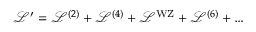
\mathcal { L } ^ { \prime } = \mathcal { L } ^ { ( 2 ) } + \mathcal { L } ^ { ( 4 ) } + \mathcal { L } ^ { \mathrm { W Z } } + \mathcal { L } ^ { ( 6 ) } + \ldots